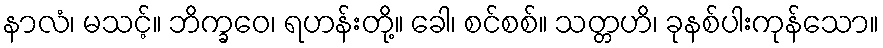
နာလံ၊ မသင့်။ ဘိက္ခဝေ၊ ရဟန်းတို့။ ခေါ၊ စင်စစ်။ သတ္တဟိ၊ ခုနစ်ပါးကုန်သော။